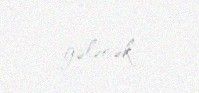
gələcək.